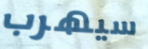
سيهرب